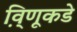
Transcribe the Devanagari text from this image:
वि़्णूकडे